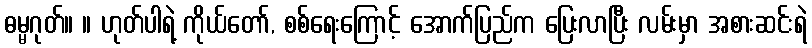
ဓမ္မဂုတ်။ ။ ဟုတ်ပါရဲ့ ကိုယ်တော်, စစ်ရေးကြောင့် အောက်ပြည်က ပြေးလာပြီး လမ်းမှာ အစားဆင်းရဲ